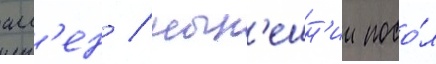
алл'ен / нын'ешн'ии посо́л